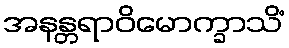
အနန္တရာဝိမောက္ခာသိံ